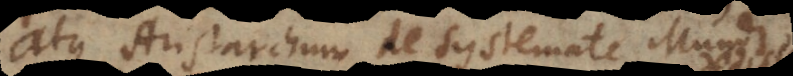
atque Aristarchum de Systemate Mundi,